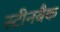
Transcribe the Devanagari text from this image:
स्टीनबैक